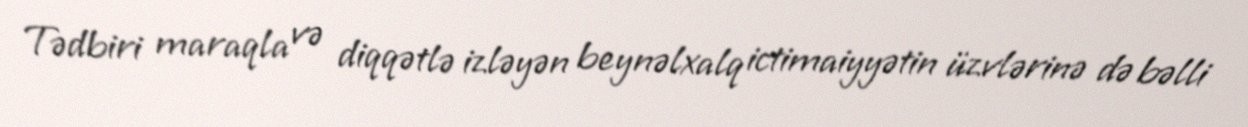
Tədbiri maraqla və diqqətlə izləyən beynəlxalq ictimaiyyətin üzvlərinə də bəlli